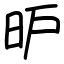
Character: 昈